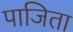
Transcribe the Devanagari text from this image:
पाजिता